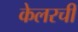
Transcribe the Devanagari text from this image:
केलरची